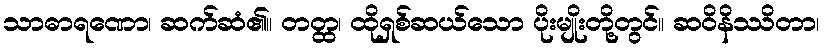
သာဓာရဏော၊ ဆက်ဆံ၏။ တတ္ထ၊ ထိုရှစ်ဆယ်သော ပိုးမျိုးတို့တွင်။ ဆဝိနိဿိတာ၊